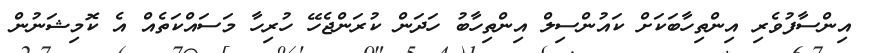
އިންސާފުވެރި އިންތިހާބަކަށް ކައުންސިލް އިންތިހާބު ހަދަން ކުރަންޖެހޭ ހުރިހާ މަސައްކަތެއް އެ ކޮމިޝަނުން